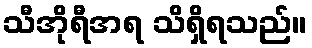
သီအိုရီအရ သိရှိရသည်။